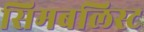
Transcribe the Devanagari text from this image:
सिमबलिस्ट